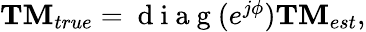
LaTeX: \begin{array}{r}{{\mathbf{TM}}_{true}=\mathrm{~d~i~a~g~}(e^{j\phi}){\mathbf{TM}}_{est},}\end{array}